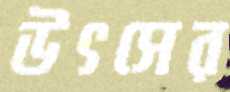
উৎসের